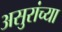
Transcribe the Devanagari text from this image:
असुरांच्या